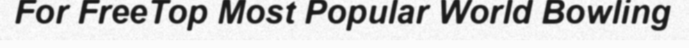
For FreeTop Most Popular World Bowling